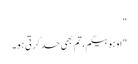
"
"اوہو بیگم، تم بھی حد کرتی ہو۔